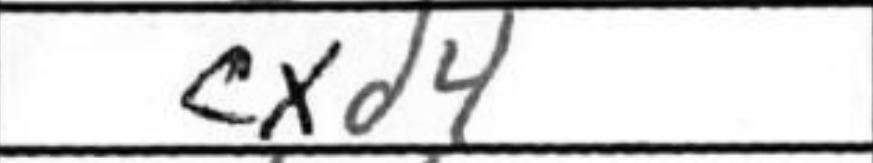
Transcription: cxd4